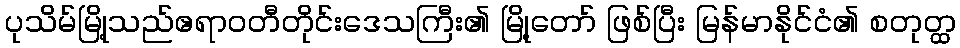
ပုသိမ်မြို့သည်ဧရာဝတီတိုင်းဒေသကြီး၏ မြို့တော် ဖြစ်ပြီး မြန်မာနိုင်ငံ၏ စတုတ္ထ